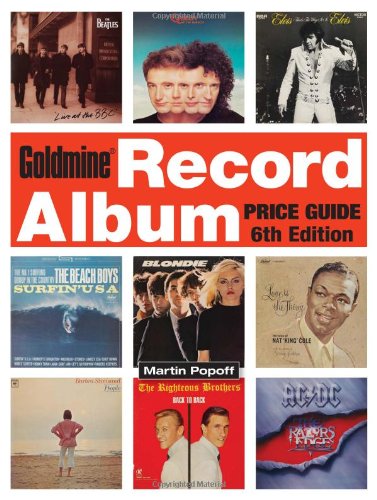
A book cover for Goldmine Record Album Price Guide; Martin Popoff; Crafts, Hobbies & Home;